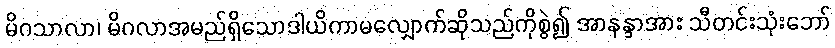
မိဂသာလာ၊ မိဂလာအမည်ရှိသောဒါယိကာမလျှောက်ဆိုသည်ကိုစွဲ၍ အာနန္ဒာအား သီတင်းသုံးဘော်